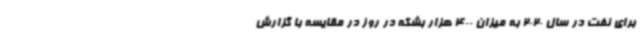
برای نفت در سال 2020 به میزان 400 هزار بشکه در روز در مقایسه با گزارش